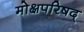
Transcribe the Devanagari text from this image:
मोक्षपरिषद्